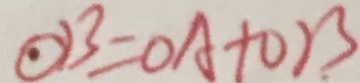
O B = O A + O B